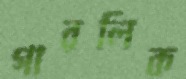
গারলিক